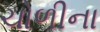
ચોળીના